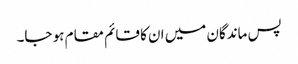
پس ماندگان میں ان کا قائم مقام ہو جا۔